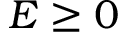
E \ge 0